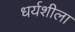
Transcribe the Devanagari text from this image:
धर्यशीला